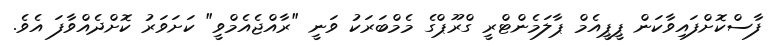
ފާސްކޮށްފައިވާކަން ޕީޕީއެމް ޕާލަމެންޓްރީ ގްރޫޕްގެ މެމްބަރަކު ވަނީ "ރާއްޖެއެމްވީ" ކަށަވަރު ކޮށްދެއްވާފަ އެވެ.